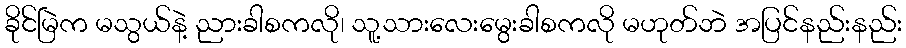
ခိုင်မြဲက မသွယ်နဲ့ ညားခါစကလို၊ သူ့သားလေးမွေးခါစကလို မဟုတ်ဘဲ အပြင်နည်းနည်း